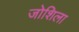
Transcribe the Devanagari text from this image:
जोशिला